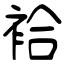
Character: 袷